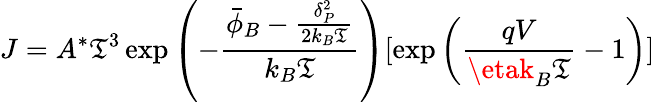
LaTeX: J=A^{*}\mathfrak{T}^{3}\exp\left(-\frac{{\bar{{\phi}}_{B}-\frac{{\delta_{P}^{2}}}{{2k_{B}\mathfrak{T}}}}}{{k_{B}\mathfrak{T}}}\right)[\exp\left(\frac{{qV}}{{\etak_{B}\mathfrak{T}}}-1\right)]